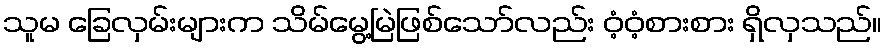
သူမ ခြေလှမ်းများက သိမ်မွေ့မြဲဖြစ်သော်လည်း ဝံ့ဝံ့စားစား ရှိလှသည်။